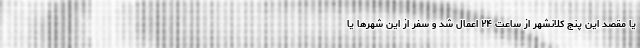
یا مقصد این پنج کلانشهر از ساعت ۲۴ اعمال شد و سفر از این شهرها یا